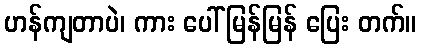
ဟန်ကျတာပဲ၊ ကား ပေါ် မြန်မြန် ပြေး တက်။